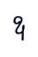
ឧ